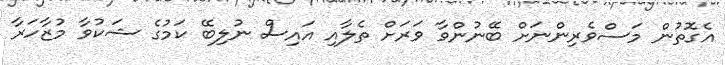
އެގޮތުން މަސްވެރިންނަށް ބޭނުންވާ ވަރަށް ތެލާއި އައިސް ނުލިބޭ ކަމުގެ ޝަކުވާ މުޒާހަރާ